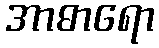
အာဓာရော